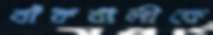
বাঁকখালীকে